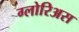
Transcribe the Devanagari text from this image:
ग्लोरिअस